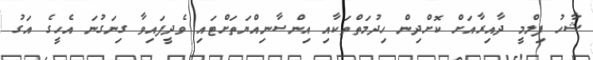
ޝާހު ފިލްމީ ދާއިރާއަށް ކޮށްދިން ހިދުމަތްތަކާއި އިންސާނިއްޔަތަށްޓައި ވެދީފައިވާ ގިނަގުނަ އެހީގެ އަގު